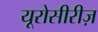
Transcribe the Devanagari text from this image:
यूरोसीरीज़